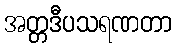
အတ္တဒီပသရဏတာ